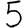
Digit: 5